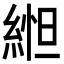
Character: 𬗥